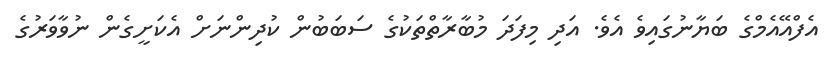
އެފްއޭއެމްގެ ބަޔާނުގައިވެ އެވެ. އަދި މިފަދަ މުބާރާތްތަކުގެ ސަބަބުން ކުދިންނަށް އެކަށީގެން ނުވާވަރުގެ